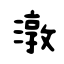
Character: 潡